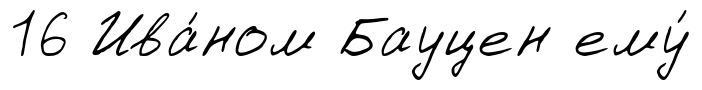
16 Ива́ном Бауцен ему́